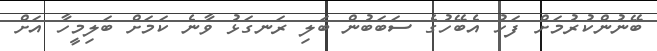
ބޭނުންކުރުމަށް ފަހު އެބޭހުގެ ސަބަބުން ބަލި ރަނގަޅު ވާނެ ކަމަށް ބަލިމީހާ އަށް